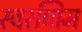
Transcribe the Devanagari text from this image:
स्वरणिम